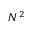
N ^ { 2 }